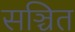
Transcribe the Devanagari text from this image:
सञ्चित